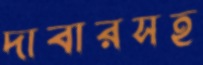
দাবারসহ